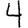
Digit: 4